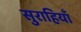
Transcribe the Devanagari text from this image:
सुराहियाँ